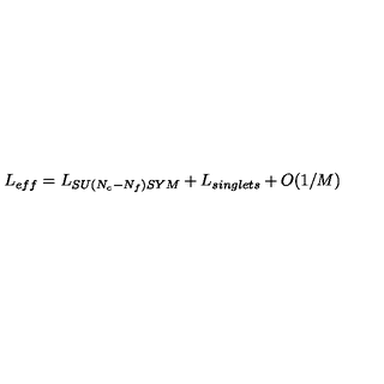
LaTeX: L _ { e f f } = L _ { S U ( N _ { c } - N _ { f } ) S Y M } + L _ { s i n g l e t s } + O ( 1 / M )